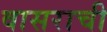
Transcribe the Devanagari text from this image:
वासराची